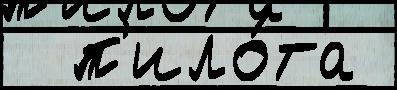
  п'ило́та